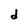
Character: d